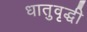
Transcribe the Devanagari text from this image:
धातुवृद्धी